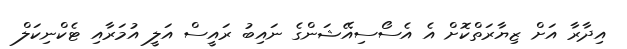
އިދާރާ އަށް ޒިޔާރަތްކޮށް އެ އެސޯސިއޭޝަންގެ ނައިބު ރައީސް އަލީ އުމަރާއި ޓެކްނިކަލް